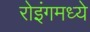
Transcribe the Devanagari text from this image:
रोइंगमध्ये